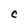
Character: C